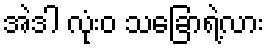
အဲဒါ လုံးဝ သခြောရဲ့လား